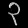
Digit: ၃